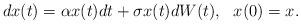
LaTeX: \begin{align*}dx(t)=\alpha x(t)dt+\sigma x(t)dW(t),\ \ x(0)=x.\end{align*}